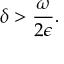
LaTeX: \delta > \frac { \omega } { 2 \epsilon } .